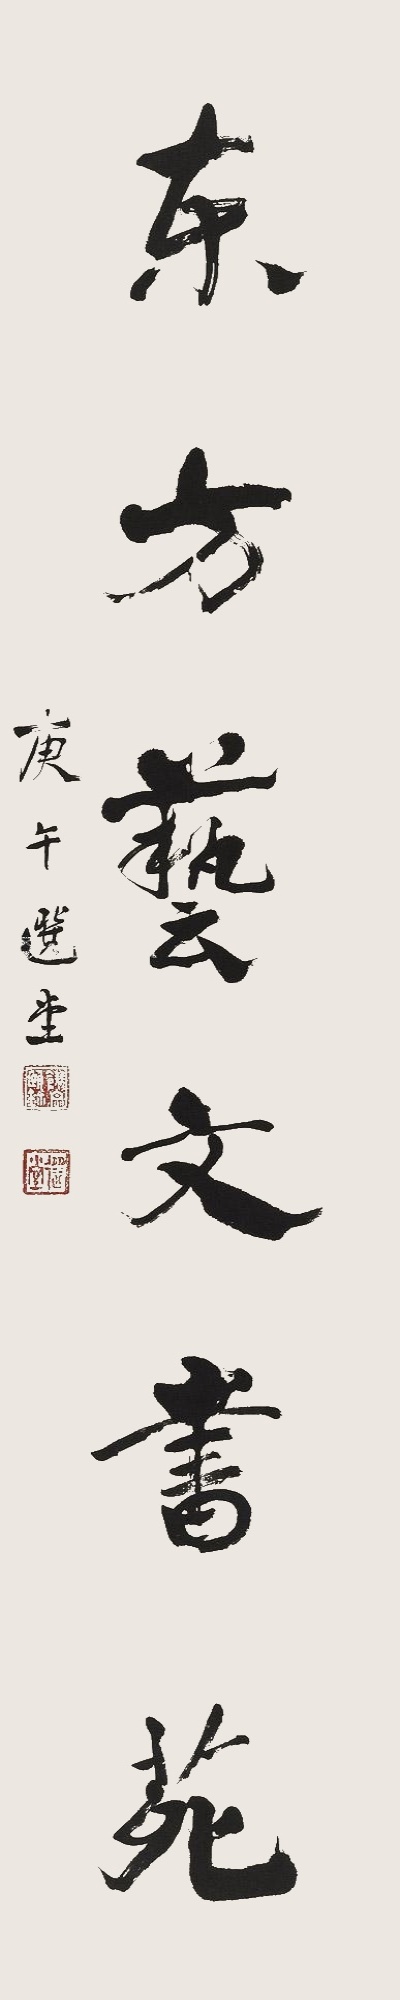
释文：东方艺文书苑。庚午，选堂。